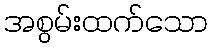
အစွမ်းထက်သော